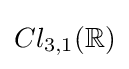
Cl_{3,1}\mathbb {(R)}